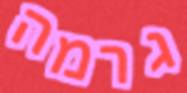
גרמה